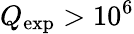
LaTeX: Q_{\mathrm{exp}}>10^{6}